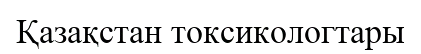
Қазақстан токсикологтары